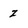
Character: z